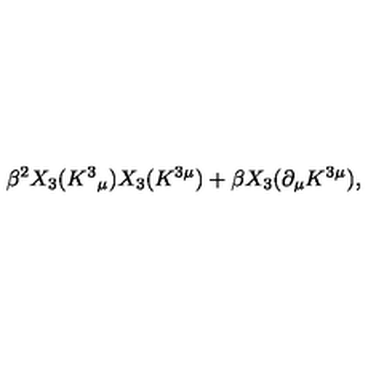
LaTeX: \beta ^ { 2 } X _ { 3 } ( K ^ { 3 } { } _ { \mu } ) X _ { 3 } ( K ^ { 3 \mu } ) + \beta X _ { 3 } ( \partial _ { \mu } K ^ { 3 \mu } ) ,